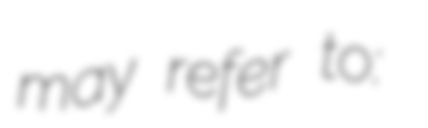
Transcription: may refer to: